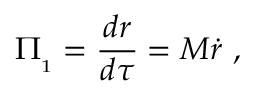
{ \mit \Pi } _ { _ 1 } = { \frac { d r } { d \tau } } = M \dot { r } \ ,